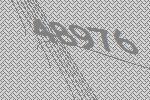
48976